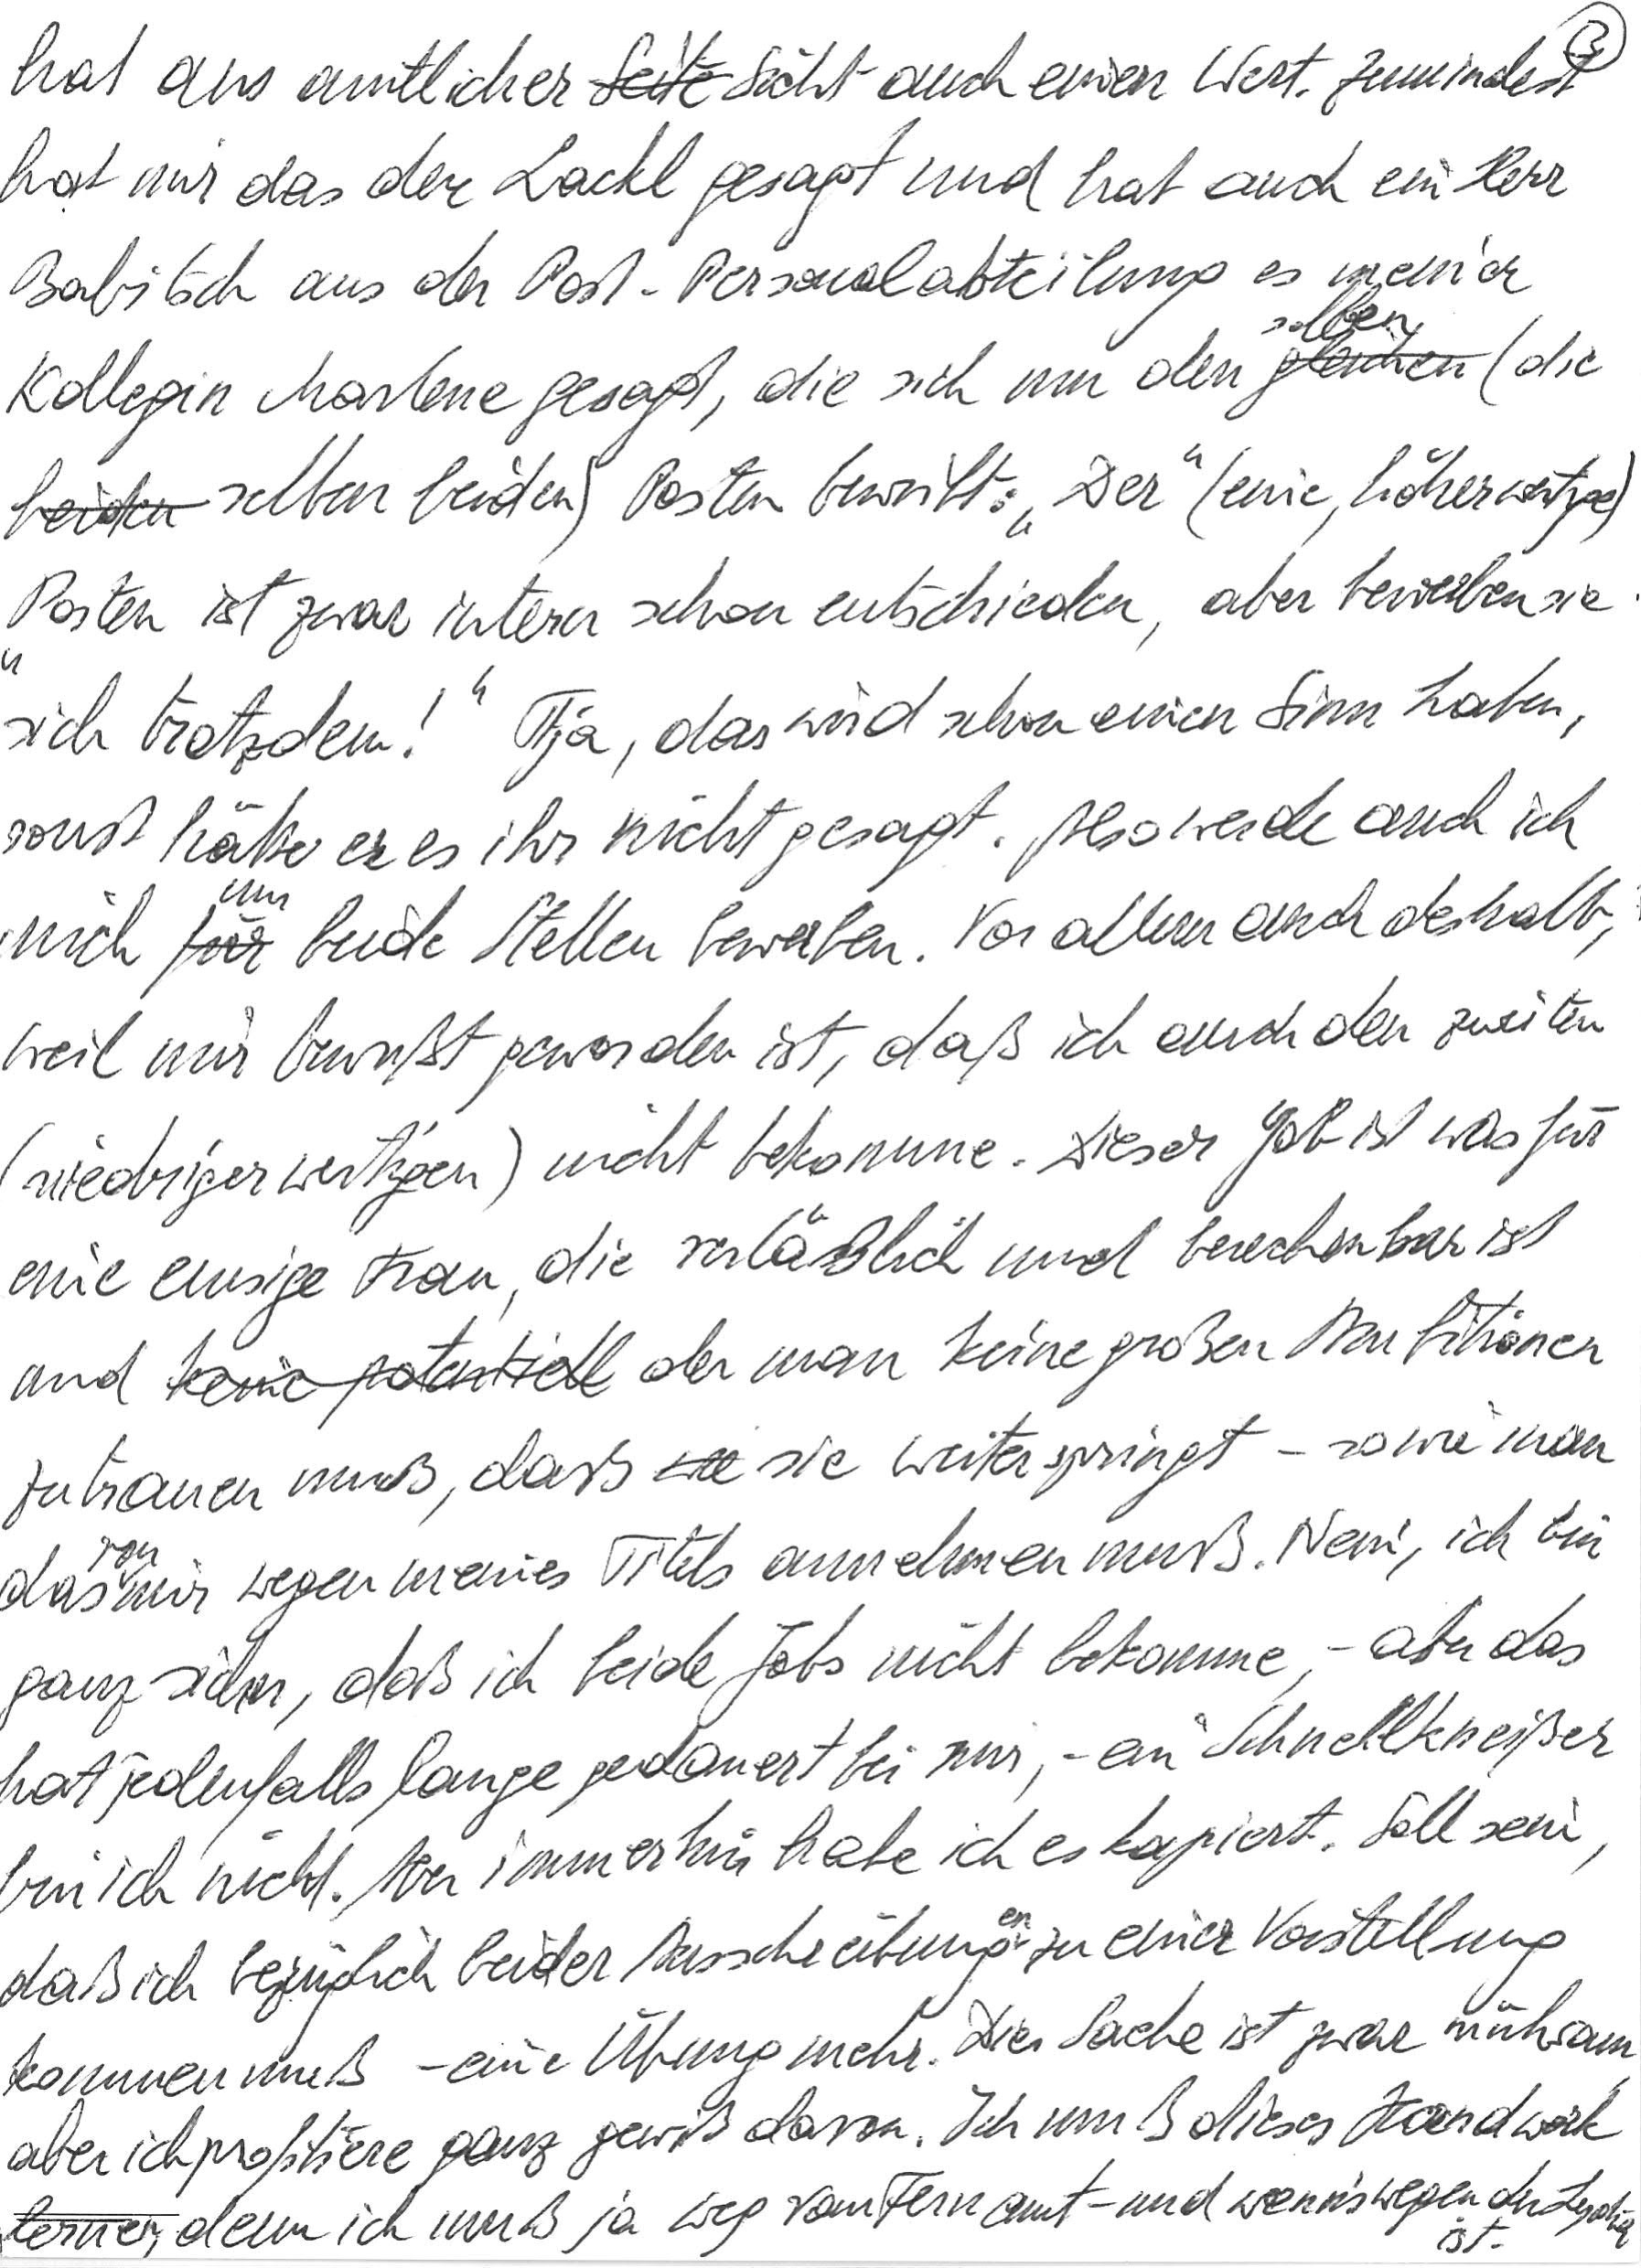
hat aus amtlicher Sicht auch einen Wert. Zumindest
hat mir das der Lackl gesagt und hat auch ein Herr
Babitsch aus der Post-Personalabteilung es meiner
Kollegin Marlene gesagt, die sich um den selben (die
selben beiden) Posten bewirbt: „Der“ (eine, höherwertige)
„Posten ist zwar intern schon entschieden, aber bewerben sie
sich trotzdem!“ Tja, das wird schon einen Sinn haben,
sonst hätte er es ihr nicht gesagt. Also werde auch ich
mich um beide Stellen bewerben. Vor allem auch deshalb,
weil mir bewußt geworden ist, daß ich auch den zweiten
(niedrigerwertigen) nicht bekomme. Dieser Job ist was für
eine emsige Frau, die verläßlich und berechenbar ist
und der man keine großen Ambitionen
zutrauen muß, daß sie weiterspringt – so wie man
das von mir wegen meines Titels annehmen muß. Nein, ich bin
ganz sicher, daß ich beide Jobs nicht bekomme, – aber das
hat jedenfalls lange gedauert bei mir, – ein Schnellkneißer
bin ich nicht. Aber immerhin habe ich es kapiert. Soll sein,
daß ich bezüglich beider Ausschreibungen zu einer Vorstellung
kommen muß – eine Übung mehr. Die Sache ist zwar mühsam
aber ich profitiere ganz gewiß davon. Ich muß dieses Handwerk
lernen, denn ich muß ja weg vom Fernamt – und wenn‘s wegen der Lydia ist.